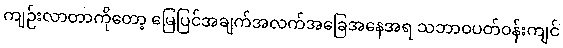
ကျဉ်းလာတာကိုတော့ မြေပြင်အချက်အလက်အခြေအနေအရ သဘာဝပတ်ဝန်းကျင်